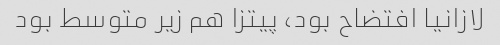
لازانیا افتضاح بود، پیتزا هم زیر متوسط بود